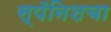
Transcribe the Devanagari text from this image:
स्पॅनिशचा